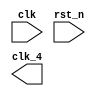
module CLK_4_CNT (
	input clk,
	input rst_n,
	output clk_4
);

	//3
	reg [2:0] temp1;
	always@(posedge clk or negedge rst_n) begin
		if(!rst_n) begin
			temp1 <= 3'd0;
		end else if(temp1 == 3'd3) begin
			temp1 <= 3'd0;
		end else begin
			temp1 <= temp1 + 1;
		end
	end


	//
	//
	reg clk_4_1;
	always@(posedge clk or negedge rst_n) begin
		if(~rst_n) begin
			clk_4_1 <= 1'd0;
		end else if(temp1 >= 3'd1 && temp1 <= 3'd2)begin
			clk_4_1 <= 1'd1;
		end else begin
			clk_4_1 <= 1'd0;
		end
	end

	//
	reg clk_4_2;
	always@(posedge clk or negedge rst_n) begin
		if(~rst_n) begin
			clk_4_2 <= 1'd0;
		end else if(temp1 % 2 == 3'd1)begin
			clk_4_2 <= ~clk_4_2;
		end else begin
			clk_4_2 <= clk_4_2;
		end
	end

	//
	reg clk_4_3;
	always@(posedge clk or negedge rst_n) begin
		if(~rst_n) begin
			clk_4_3 <= 1'd0;
		end else begin
			case(temp1)
				3'd1,3'd2: clk_4_3 <= 1'd1;
				default: clk_4_3 <= 1'd0;
			endcase
		end
	end

	//
	reg clk_4_4;
	always@(posedge clk or negedge rst_n) begin
		if(~rst_n) begin
			clk_4_4 <= 1'd0;
		end else begin
			clk_4_4 <= (temp1 >= 3'd1 && temp1 <= 3'd2) ? 1'd1 : 1'd0; 
		end
	end

	//
	//
	wire clk_4_5;
	assign clk_4_5 = (temp1 <= 3'd1) ? 1'd0 : 1'd1;

	//
	reg clk_4_6;
	always@(*) begin
		if(temp1 >= 3'd2 && temp1 <= 3'd3) begin
			clk_4_6 <= 1'd1;	
		end else begin
			clk_4_6 <= 1'd0;
		end
	end

	//
	reg clk_4_7;
	always@(*) begin
		case(temp1 >= 3'd2 && temp1 <= 3'd3) 
			1'd1: clk_4_7 <= 1'd1;
			default: clk_4_7 <= 1'd0;
		endcase
	end

	//1,1
	reg temp2;
	reg clk_4_8;
	always@(posedge clk or negedge rst_n) begin
		if(!rst_n) begin
			temp2 <= 1'd0;
			clk_4_8 <= 1'd0;
		end else if(temp2 == 1'd1) begin
			clk_4_8 <= ~clk_4_8;
			temp2 <= temp2 + 1'd1;	//0
		end else begin
			temp2 <= temp2 + 1'd1;	
		end
	end

endmodule